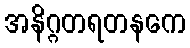
အနိဂ္ဂတရတနကေ